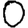
Digit: 0